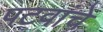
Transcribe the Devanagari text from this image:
पटवांचे